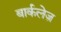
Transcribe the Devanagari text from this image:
बार्कलेज़